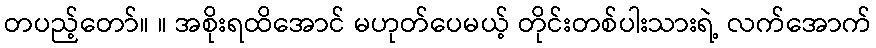
တပည့်တော်။ ။ အစိုးရထိအောင် မဟုတ်ပေမယ့် တိုင်းတစ်ပါးသားရဲ့ လက်အောက်